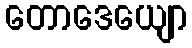
တောဒေယျော